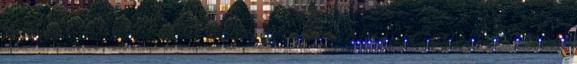
lenne az a manikűr: Nekem is nagyon tetszett, hiszen